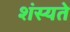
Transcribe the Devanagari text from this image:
शंस्यते